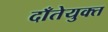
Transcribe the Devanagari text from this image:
दाँतेयुक्त